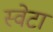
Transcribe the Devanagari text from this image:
स्वेटा